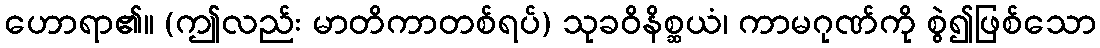
ဟောရာ၏။ (ဤလည်း မာတိကာတစ်ရပ်) သုခဝိနိစ္ဆယံ၊ ကာမဂုဏ်ကို စွဲ၍ဖြစ်သော